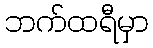
ဘက်ထရီမှာ